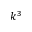
k ^ { 3 }